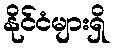
နိုင်ငံများရှိ